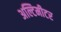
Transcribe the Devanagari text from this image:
अल्टिमीटर